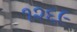
૧૨૬૯